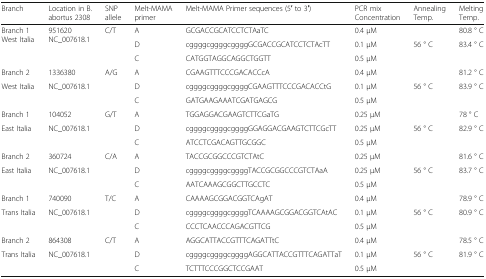
<table><thead><tr><td><b>Branch</b></td><td><b>Location in B. abortus 2308</b></td><td><b>SNP allele</b></td><td><b>Melt-MAMA primer</b></td><td><b>Melt-MAMA Primer sequences (5′ to 3′)</b></td><td><b>PCR mix Concentration</b></td><td><b>Annealing Temp.</b></td><td><b>Melting Temp.</b></td></tr></thead><tbody><tr><td rowspan="3">Branch 1West Italia</td><td rowspan="3">951620NC_007618.1</td><td rowspan="3">C/T</td><td>A</td><td>GCGACCGCATCCTCTAaTC</td><td>0.4 μM</td><td></td><td>80.8 ° C</td></tr><tr><td>D</td><td>cggggcggggcggggGCGACCGCATCCTCTAcTT</td><td>0.1 μM</td><td>56 ° C</td><td>83.4 ° C</td></tr><tr><td>C</td><td>CATGGTAGGCAGGCTGGTT</td><td>0.5 μM</td><td></td><td></td></tr><tr><td>Branch 2</td><td>1336380</td><td>A/G</td><td>A</td><td>CGAAGTTTCCCGACACCcA</td><td>0.4 μM</td><td></td><td>81.2 ° C</td></tr><tr><td>West Italia</td><td>NC_007618.1</td><td></td><td>D</td><td>cggggcggggcggggCGAAGTTTCCCGACACCtG</td><td>0.1 μM</td><td>56 ° C</td><td>83.9 ° C</td></tr><tr><td></td><td></td><td></td><td>C</td><td>GATGAAGAAATCGATGAGCG</td><td>0.5 μM</td><td></td><td></td></tr><tr><td>Branch 1</td><td>104052</td><td>G/T</td><td>A</td><td>TGGAGGACGAAGTCTTCGaTG</td><td>0.25 μM</td><td></td><td>78 ° C</td></tr><tr><td>East Italia</td><td>NC_007618.1</td><td></td><td>D</td><td>cggggcggggcggggGGAGGACGAAGTCTTCGcTT</td><td>0.25 μM</td><td>56 ° C</td><td>82.9 ° C</td></tr><tr><td></td><td></td><td></td><td>C</td><td>ATCCTCGACAGTTGCGGC</td><td>0.5 μM</td><td></td><td></td></tr><tr><td>Branch 2</td><td>360724</td><td>C/A</td><td>A</td><td>TACCGCGGCCCGTCTAtC</td><td>0.25 μM</td><td></td><td>81.6 ° C</td></tr><tr><td>East Italia</td><td>NC_007618.1</td><td></td><td>D</td><td>cggggcggggcggggTACCGCGGCCCGTCTAaA</td><td>0.25 μM</td><td>56 ° C</td><td>83.7 ° C</td></tr><tr><td></td><td></td><td></td><td>C</td><td>AATCAAAGCGGCTTGCCTC</td><td>0.5 μM</td><td></td><td></td></tr><tr><td>Branch 1</td><td>740090</td><td>T/C</td><td>A</td><td>CAAAAGCGGACGGTCAgAT</td><td>0.4 μM</td><td></td><td>78.9 ° C</td></tr><tr><td>Trans Italia</td><td>NC_007618.1</td><td></td><td>D</td><td>cggggcggggcggggTCAAAAGCGGACGGTCAtAC</td><td>0.1 μM</td><td>56 ° C</td><td>80.9 ° C</td></tr><tr><td></td><td></td><td></td><td>C</td><td>CCCTCAACCCAGACGTTCG</td><td>0.5 μM</td><td></td><td></td></tr><tr><td>Branch 2</td><td>864308</td><td>C/T</td><td>A</td><td>AGGCATTACCGTTTCAGATTtC</td><td>0.4 μM</td><td></td><td>78.5 ° C</td></tr><tr><td>Trans Italia</td><td>NC_007618.1</td><td></td><td>D</td><td>cggggcggggcggggAGGCATTACCGTTTCAGATTaT</td><td>0.1 μM</td><td>56 ° C</td><td>81.9 ° C</td></tr><tr><td></td><td></td><td></td><td>C</td><td>TCTTTCCCGGCTCCGAAT</td><td>0.5 μM</td><td></td><td></td></tr></tbody></table>